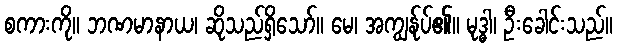
စကားကို။ ဘဏမာနာယ၊ ဆိုသည်ရှိသော်။ မေ၊ အကျွန်ုပ်၏။ မုဒ္ဓါ၊ ဦးခေါင်းသည်။